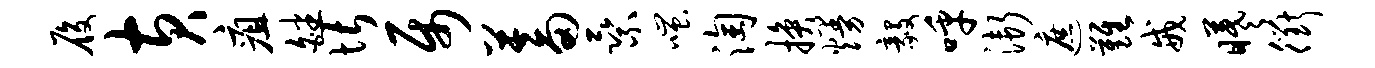
履黄疽皤堪属蓄乘嗤淘换熳毅呼渐遮难戒曦衢